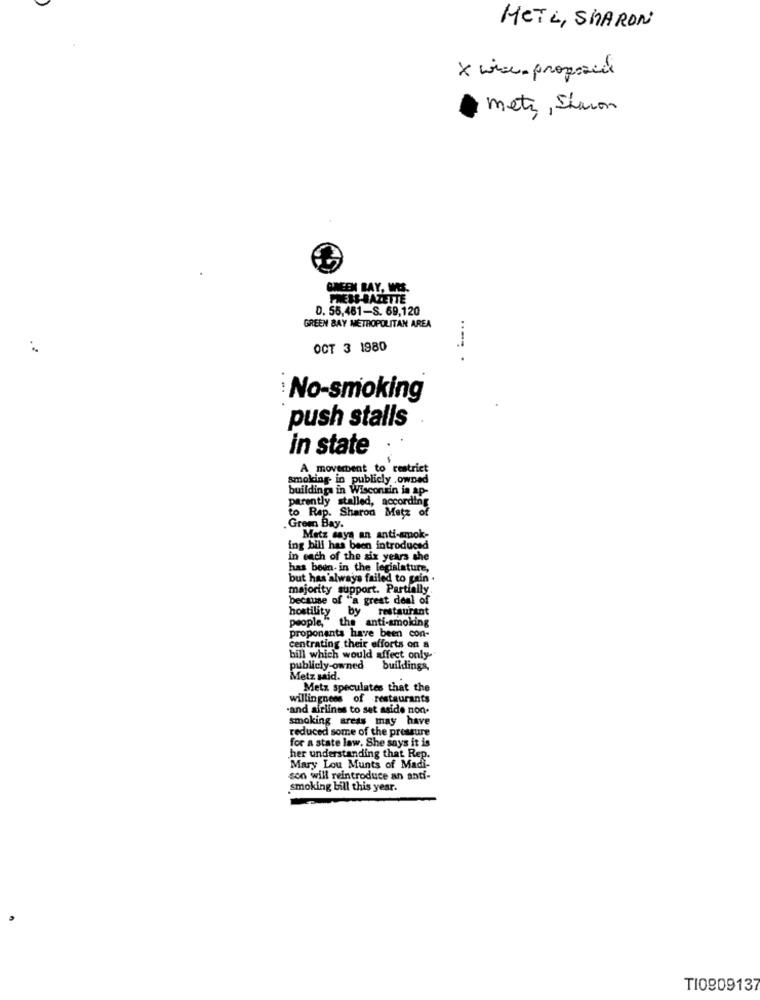
HETL, SHARON
x wice. proposiil
meti, Sharon
GREEN BAY, WES.
PRESS-BAZETTE
D. 55,461-S. 69,120
GREEN BAY METROPOLITAN AREA
OCT 3 1980
...... .
No-smoking
push stalls
in state
A movement to restrict
smoking in publicly .owned
buildings in Wisconsin in ap-
parently stalled, according
to Rap. Sharon Metz of
Grem Bay.
Matz says an anti-smok-
ing bill has been introduced
in each of the six years the
has been- in the legislature,
but has always failed to gain .
majority support. Partially
because of "a great deal of
by restaurant
hostility
people," the anti-smoking
proponants have been con-
centrating their efforts on a
bill which would affect only-
publicly-owned buildings,
Metz sid.
Metx speculates that the
willingness of restaurants
"and afriines to set aside non.
smoking areas may have
reduced some of the pressure
for a state law. She says it is
her understanding that Rep.
Mary Lou Munts of Madi-
son will reintroduce an anti-
smoking bill this year.
TI0909137